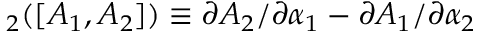
_ 2 ( [ A _ { 1 } , A _ { 2 } ] ) \equiv { \partial A _ { 2 } } / { \partial \alpha _ { 1 } } - { \partial A _ { 1 } } / { \partial \alpha _ { 2 } }